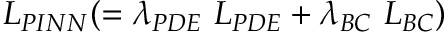
L _ { P I N N } ( = \lambda _ { P D E } ~ L _ { P D E } + \lambda _ { B C } ~ L _ { B C } )